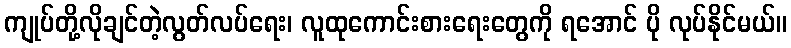
ကျုပ်တို့လိုချင်တဲ့လွတ်လပ်ရေး၊ လူထုကောင်းစားရေးတွေကို ရအောင် ပို လုပ်နိုင်မယ်။